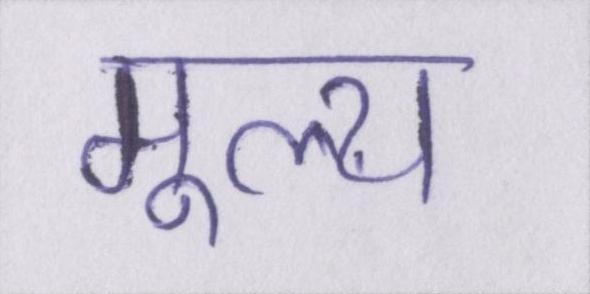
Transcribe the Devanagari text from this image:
मूल्य